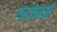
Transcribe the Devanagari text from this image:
गरजेपायी